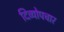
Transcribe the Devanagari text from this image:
दिव्योपचार